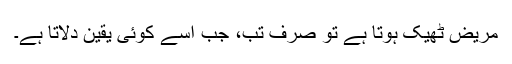
مریض ٹھیک ہوتا ہے تو صرف تب، جب اسے کوئی یقین دلاتا ہے۔